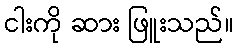
ငါးကို ဆား ဖြူးသည်။